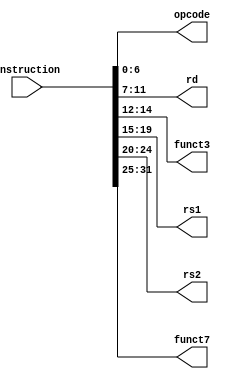
`timescale 1ns / 1ps

module Instruction_Parser(
    input [31:0] instruction,
    output reg [6:0] opcode,
    output reg [4:0] rd,
    output reg [2:0] funct3,
    output reg [4:0] rs1,
    output reg [4:0] rs2,
    output reg [6:0] funct7
    );
    
    always @(*)
    begin
        opcode = instruction[6:0]; 
        rd = instruction[11:7];
        funct3 = instruction[14:12];
        rs1 = instruction[19:15];
        rs2 = instruction[24:20];
        funct7 = instruction[31:25];
    end
    
endmodule